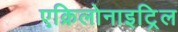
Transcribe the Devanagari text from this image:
एक्रिलोनाइट्रिल